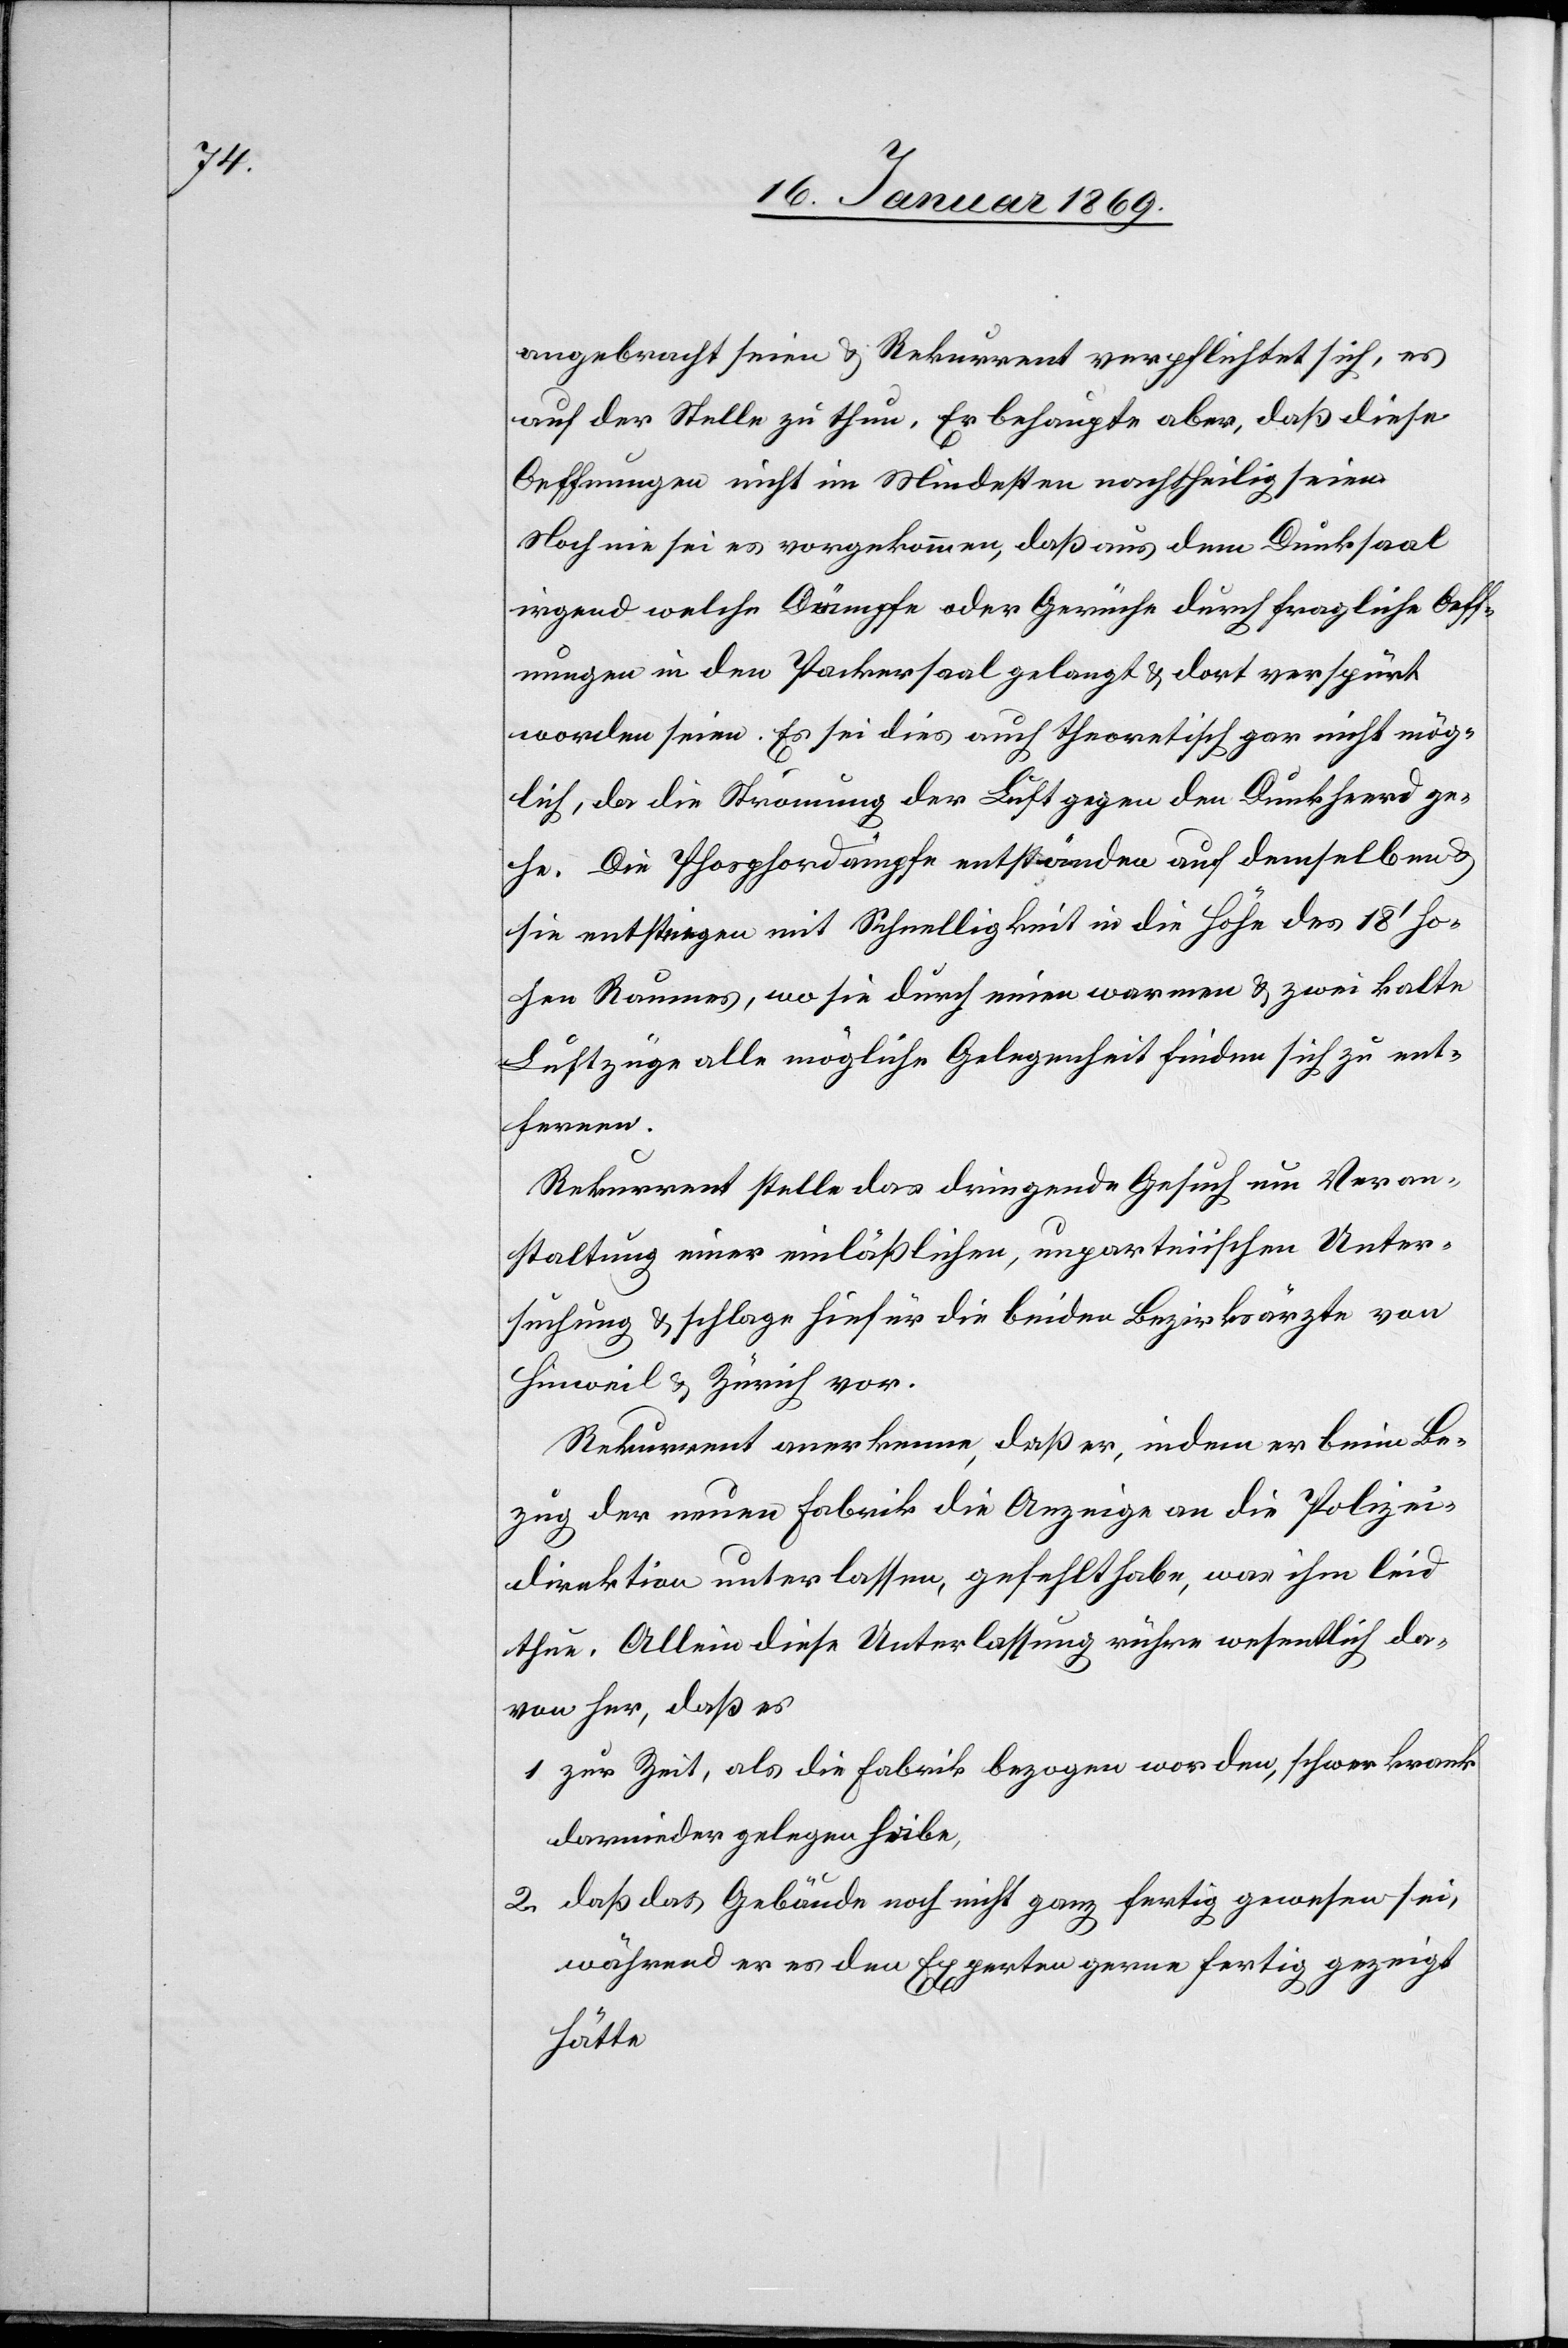
angebracht seien u. Rekurrent verpflichtet sich, es
auf der Stelle zu thun. Er behaupte aber, daß diese
Oeffnungen nicht im Mindesten nachtheilig seien.
Noch nie sei es vorgekommen, daß aus dem Dunksaal
irgend welche Dämpfe oder Gerüche durch fragliche Oeff¬
nungen in den Packersaal gelangt u. dort verspürt
worden seien. Es sei dies auch theoretisch gar nicht mög¬
lich, da die Strömung der Luft gegen den Dunkheerd ge¬
he. Die Phosphordämpfe entständen auf demselben u.
sie entsteigen mit Schnelligkeit in die Höhe des 18' ho¬
hen Raumes, wo sie durch einen warmen u. zwei kalte
Luftzüge alle mögliche Gelegenheit finden sich zu ent¬
fernen.
Rekurrent stelle das dringende Gesuch um Veran¬
staltung einer einläßlichen, unparteiischen Unter¬
suchung u. schlage hiefür die beiden Bezirksärzte von
Hinweil u. Zürich vor.
Rekurrent anerkenne, daß er, indem er beim Be¬
zug der neuen Fabrik die Anzeige an die Polizei¬
direktion unterlassen, gefehlt habe, was ihm leid
thue. Allein diese Unterlassung rühre wesentlich da¬
ran her, daß er
1 zur Zeit, als die Fabrik bezogen worden, schwer krank
darnieder gelegen habe,
2. daß das Gebäude noch nicht ganz fertig gewesen sei,
während er es den Experten gerne fertig gezeigt
hätte